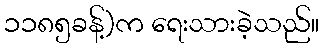
၁၁၈၅ခန့်)က ရေးသားခဲ့သည်။